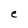
Character: e